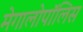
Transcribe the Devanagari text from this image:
मेगालोपॉलिस